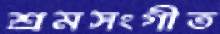
শ্রমসংগীত